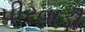
પીરવાડી